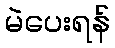
မဲပေးရန်